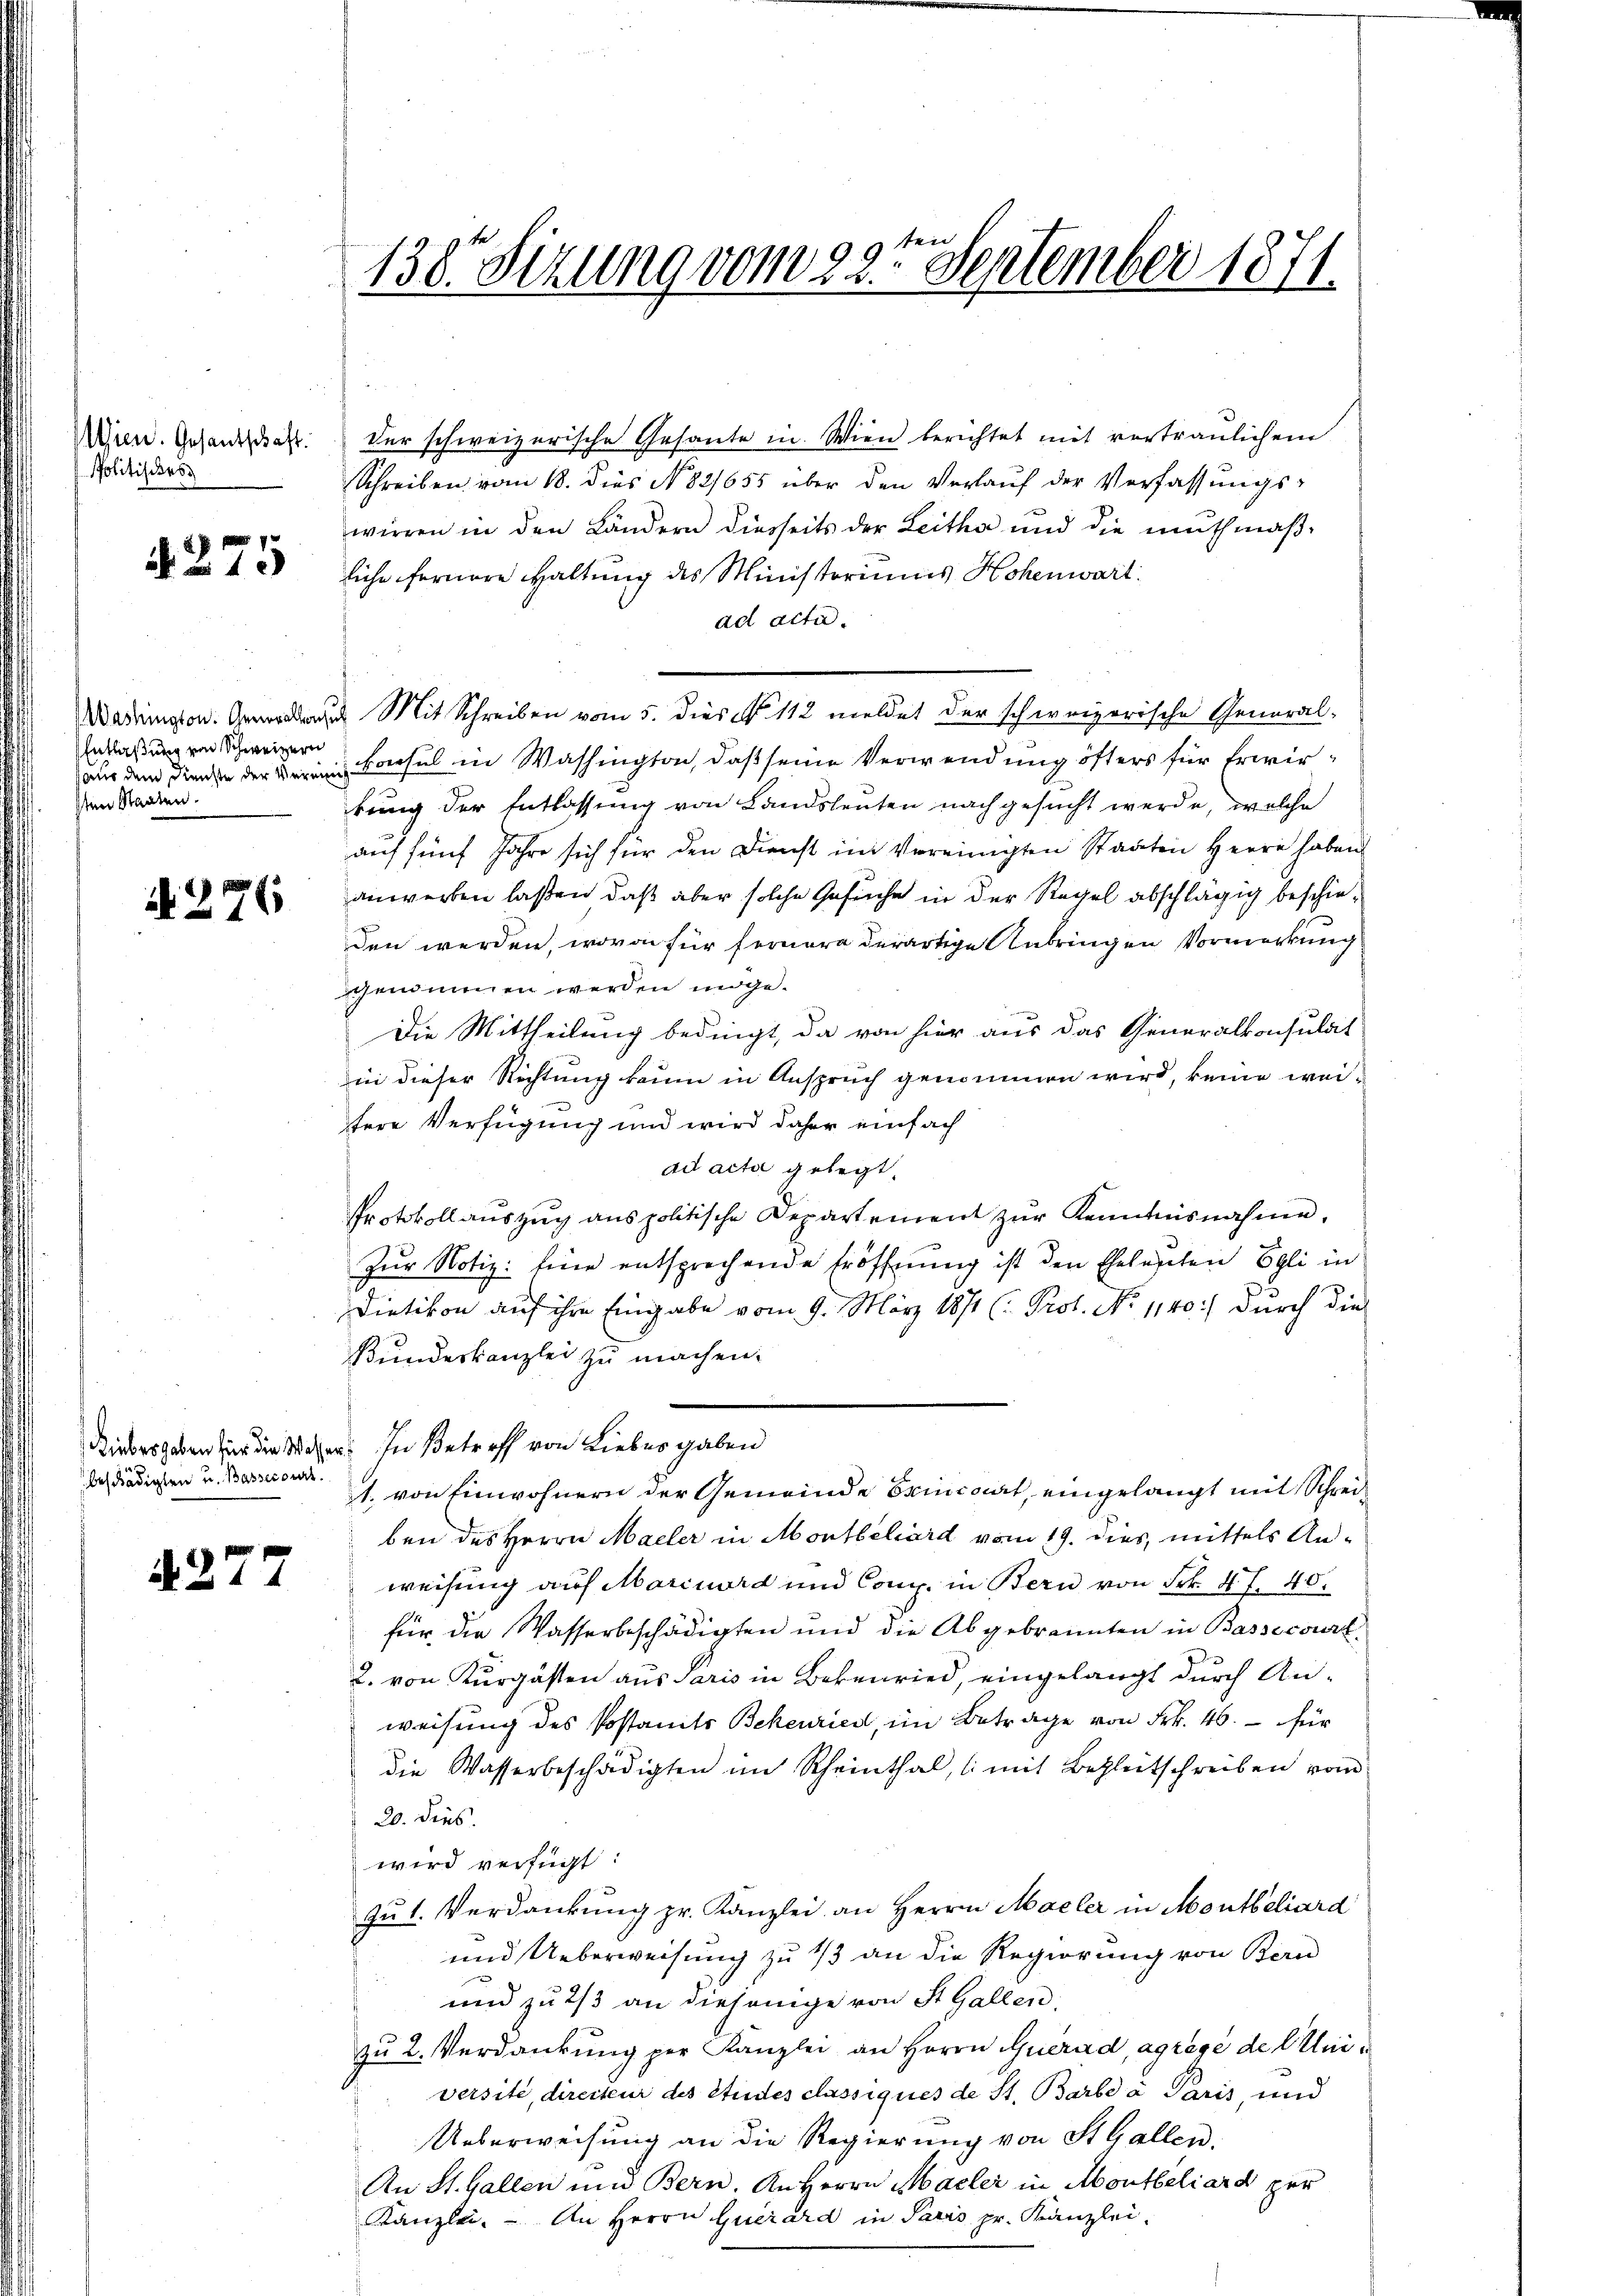
Wien. Gesantschaft.
Politisches

S. 275

Entlaßung von Schweizern
sten Staaten.

if. 276

beschädigten u. Bassecours.

4277

der schweizerische Gesante in Wien berichtet mit vertraulichen
Schreiben vom 18. dies N. 821655 über den Verlaŭf der Verfassŭngs-
wirren in den Ländern diesseits der Leitha und die muthmaßliche fernere Haltung des Ministoriums Hohenwart
ad acta.
Madrington Mit Schreiben vom 5. dies N. 112 meldet der schweizerische General-
aus dem Dienste der in Basel in Washington, daß seine Verwendung öfters für Erwirrung der Entlassung von Landsleuten nachgesucht werde, welche
auf fünf Jahre sich für den Dienst im Vereinigten Staaten Herrn haben
anwerten laßen, daß aber solche Gesuche in der Regel abschlägig beschieden werden, wovon für fernere derartige Anbringen Vormerkung
genommen werden möge¬
Die Mittheilung bedingt, da von hier aus das Generalkonsulat
in dieser Richtung kaum in Anspruch genommen wird, keine wei-
tere Verfügung und wird daher einfach
ad acta gelegt,
Protokoll auszug aus politische Departement zur Kenntnisnahme,
Zur Notiz: Eine entsprechende Eröffnung ist den Eheleuten Egli in
Dietikon auf ihre Eingabe vom 9. März 1871 (: Prot. No 1140) durch die
Bundeskanzlei zu machen.
Libergeben für die Wesen. In Betreff von Liebesgaben
1. von Einwohnern der Gemeinde Exincourt, eingelangt mit Schreiben des Herrn Maeler in Montbehard vom 19. dies, mittels An-
weisung auf Marcuard und Comp. in Bern von Frk. 47. 40.
für die Wasserbeschädigten und die Abgebrannten in Bassecourt
2. von Kurgästen aus Paris in Bekenried, eingelangt durch Anweisung des Postamts Bekenried, im Betrage von Frk. 46. für
die Wasserbeschädigten im Rheinthal, (mit Begleitschreiben vom
20. dies
wird verfügt:
Ju 1. Verdankung pr. Kanzlei an Herrn Maeler in Montbeliard
und Ueberweisung zu 1/3 an die Regierung von Bern
und zu 2/3 an diejenige von St. Gallen,
zu 2. Verdankŭng per Kanzlei an Herrn Querad, agrégé de Erleiversite, directeur des Studes classiques de St. Barbda Paris, und
Ueberweisung an die Regierung von St. Gallen.
An St. Gallen und Bern. An Herrn Maller in Montbeliard per
Kanzlei. An Herrn Querard in Paris pr. Kanzlei.

130. Sizung vom 22ten September 1871